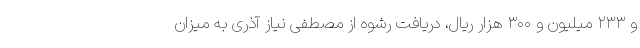
و ۲۳۳ میلیون و ۳۰۰ هزار ریال، دریافت رشوه از مصطفی نیاز آذری به میزان